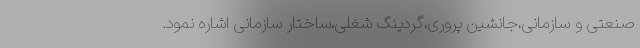
صنعتی و سازمانی،جانشین پروری،گردینگ شغلی،ساختار سازمانی اشاره نمود.